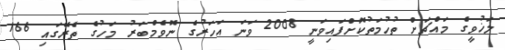
ލަޚުވީގެ މައްޗަށް ތުހުމަތުކޮށްފައިވަނީ 2008 ވަނަ އަހަރުގެ ނޮވެމްބަރު މަހުގެ ތެރޭގައި 166